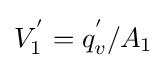
V_{1}^{'}=q_{v}^{'}/A_{1}